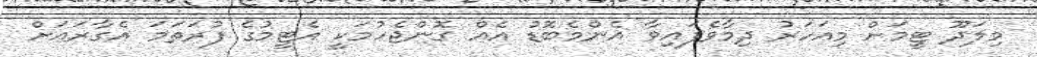
މިލަދޫ ޓީމަށް މިއަހަރު ދިމާވެފައިވާ އެންމެބޮޑު އެއް ގޮންޖެހުމަކީ އެޓީމުގެ ފުރަތަމަ އެގާރައަށް